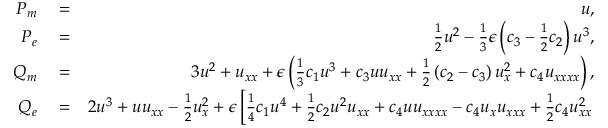
\begin{array} { r l r } { P _ { m } } & { { } = } & { u , } \\ { P _ { e } } & { { } = } & { \frac { 1 } { 2 } u ^ { 2 } - \frac { 1 } { 3 } \epsilon \left( c _ { 3 } - \frac { 1 } { 2 } c _ { 2 } \right) u ^ { 3 } , } \\ { Q _ { m } } & { { } = } & { 3 u ^ { 2 } + u _ { x x } + \epsilon \left( \frac { 1 } { 3 } c _ { 1 } u ^ { 3 } + c _ { 3 } u u _ { x x } + \frac { 1 } { 2 } \left( c _ { 2 } - c _ { 3 } \right) u _ { x } ^ { 2 } + c _ { 4 } u _ { x x x x } \right) , } \\ { Q _ { e } } & { { } = } & { 2 u ^ { 3 } + u u _ { x x } - \frac { 1 } { 2 } u _ { x } ^ { 2 } + \epsilon \left[ \frac { 1 } { 4 } c _ { 1 } u ^ { 4 } + \frac { 1 } { 2 } c _ { 2 } u ^ { 2 } u _ { x x } + c _ { 4 } u u _ { x x x x } - c _ { 4 } u _ { x } u _ { x x x } + \frac { 1 } { 2 } c _ { 4 } u _ { x x } ^ { 2 } \right. } \end{array}